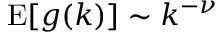
\mathrm { E } [ g ( k ) ] \sim k ^ { - \nu }